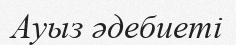
Ауыз әдебиеті